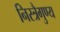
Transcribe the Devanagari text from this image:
निस्त्रैगुण्य